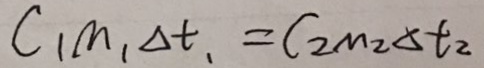
C _ { 1 } m _ { 1 } \Delta t _ { 1 } = C _ { 2 } m _ { 2 } \Delta t _ { 2 }